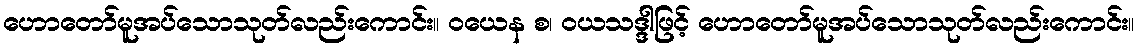
ဟောတော်မူအပ်သောသုတ်လည်းကောင်း။ ဝယေန စ၊ ဝယသဒ္ဒါဖြင့် ဟောတော်မူအပ်သောသုတ်လည်းကောင်း။